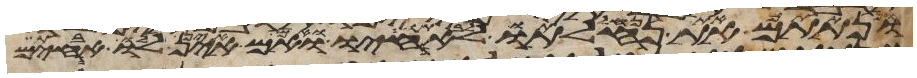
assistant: ונתתם את נחלתו לאחיו ואם אין לו אחים